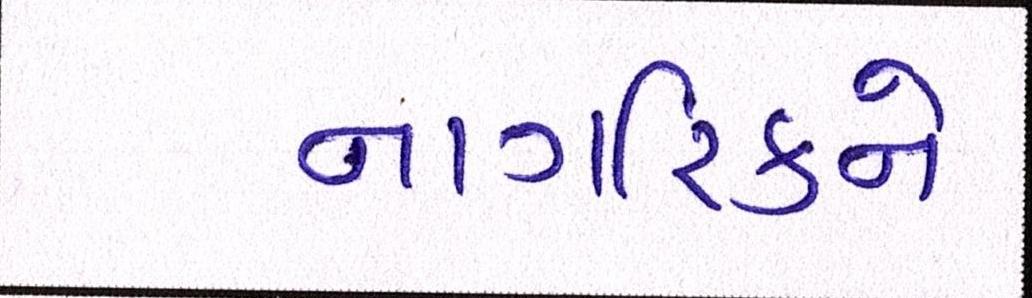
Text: નાગરિકને